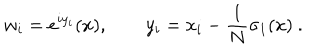
w _ { i } = e ^ { i y _ { i } } ( x ) , \qquad y _ { i } = x _ { i } - \frac 1 N \sigma _ { 1 } ( x ) \ .